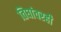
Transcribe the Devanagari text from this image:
तिघांवरही